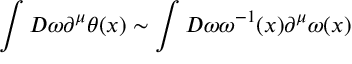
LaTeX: \int D \omega \partial ^ { \mu } \theta ( x ) \sim \int D \omega \omega ^ { - 1 } ( x ) \partial ^ { \mu } \omega ( x )